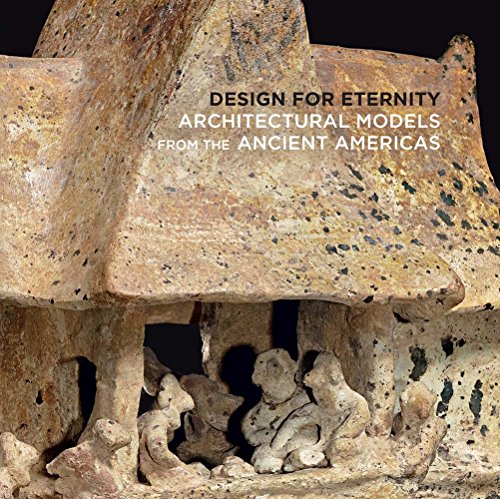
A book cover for Design for Eternity: Architectural Models from the Ancient Americas; Joanne Pillsbury; Arts & Photography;